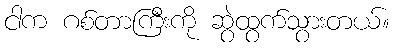
ငါက ဂစ်တာကြီးကို ဆွဲထွက်သွားတယ်။